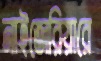
নাইজেরিয়ারে